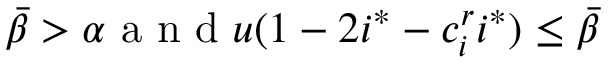
\bar { \beta } > \alpha \mathrm { ~ a ~ n ~ d ~ } u ( 1 - 2 i ^ { * } - c _ { i } ^ { r } i ^ { * } ) \le \bar { \beta }